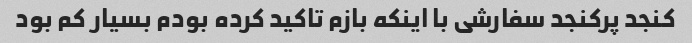
کنجد پرکنجد سفارشی با اینکه بازم تاکید کرده بودم بسیار کم بود